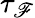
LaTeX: \tau_{\mathscr{F}}